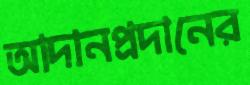
আদানপ্রদানের